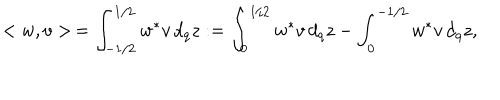
< w , v > \, = \int _ { - 1 / 2 } ^ { 1 / 2 } w ^ { * } v \, d _ { q } z : = \int _ { 0 } ^ { 1 / 2 } w ^ { * } v \, d _ { q } z - \int _ { 0 } ^ { - 1 / 2 } w ^ { * } v \, d _ { q } z ,